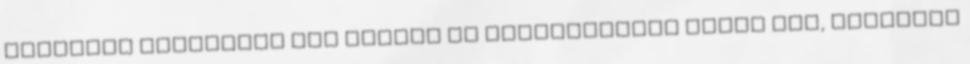
csökkenő árfekvésű faj idővel új változatként tűnik fel, magasabb